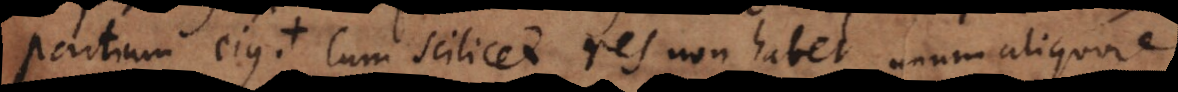
partium ejus. Cum scilicet res non habet unum aliquod